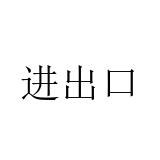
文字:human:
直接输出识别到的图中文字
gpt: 进出口